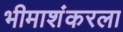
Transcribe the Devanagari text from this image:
भीमाशंकरला